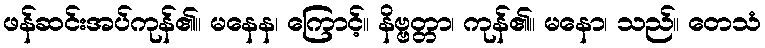
ဖန်ဆင်းအပ်ကုန်၏။ မနေန၊ ကြောင့်။ နိဗ္ဗတ္တာ၊ ကုန်၏။ မနော၊ သည်။ တေသံ